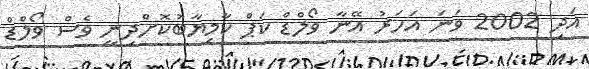
އަދި 2002 ވަނަ އަހަރު އޭނާ ވޯލްޑް ކަޕް ކާމިޔާބުކޮށްދިނީ ވެސް ވޯލްޑް